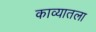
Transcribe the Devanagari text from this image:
काव्यातला